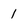
Character: 1